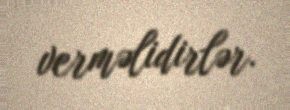
verməlidirlər.